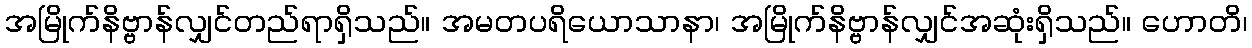
အမြိုက်နိဗ္ဗာန်လျှင်တည်ရာရှိသည်။ အမတပရိယောသာနာ၊ အမြိုက်နိဗ္ဗာန်လျှင်အဆုံးရှိသည်။ ဟောတိ၊